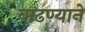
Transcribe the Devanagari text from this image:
वाढण्याने